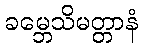
ခမ္ဘေသိမတ္တာနံ